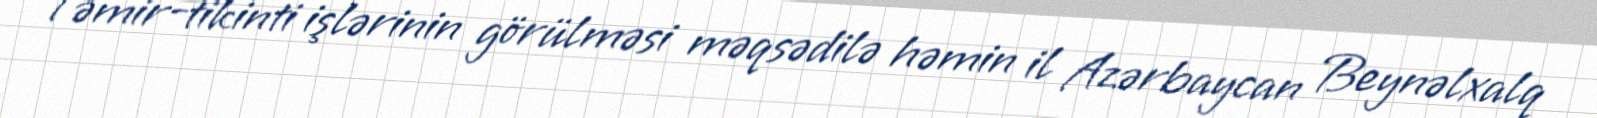
Təmir-tikinti işlərinin görülməsi məqsədilə həmin il Azərbaycan Beynəlxalq